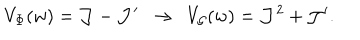
V _ { \Phi } ( w ) = { \cal J } - { \cal J } ^ { \prime } \, \, \, \rightarrow \, \, \, V _ { { \cal G } } ( w ) = { \cal J } ^ { 2 } + { \cal J } ^ { \prime } .